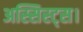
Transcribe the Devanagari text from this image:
अस्सिस्ट्स।